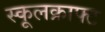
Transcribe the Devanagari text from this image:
स्कूलक्राफ्ट